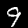
Digit: 9